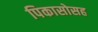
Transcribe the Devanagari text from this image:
पिकासोसह